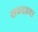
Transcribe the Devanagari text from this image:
सवदडचा